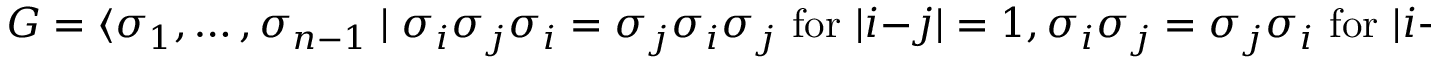
G = \langle \sigma _ { 1 } , \ldots , \sigma _ { n - 1 } \mid \sigma _ { i } \sigma _ { j } \sigma _ { i } = \sigma _ { j } \sigma _ { i } \sigma _ { j } { \mathrm { ~ f o r ~ } } \vert i - j \vert = 1 , \sigma _ { i } \sigma _ { j } = \sigma _ { j } \sigma _ { i } { \mathrm { ~ f o r ~ } } \vert i - j \vert \geqslant 2 \rangle